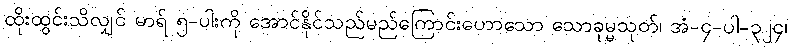
ထိုးထွင်းသိလျှင် မာရ် ၅-ပါးကို အောင်နိုင်သည်မည်ကြောင်းဟောသော သောခုမ္မသုတ်၊ အံ-၄-ပါ-၃၂၄၊